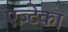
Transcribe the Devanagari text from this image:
एज़्टेका